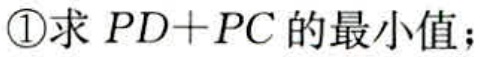
\textcircled{1}求 \(PD + PC\) 的最小值；